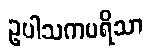
ဥပါသကပရိသာ